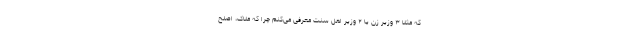
که مثلا ۳ وزیر زن یا ۲ وزیر اهل سنت معرفی می‌کنم چرا که ملاک، اصلح